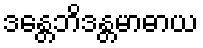
ဒန္တေဘိဒန္တမာဓာယ